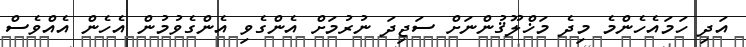
އަދި ހަމައެހެންމެ މިދެ މަޚްލޫޤުންނަށް ސަޖިދަ ނުރުމަށް އެންގެވި އެންގެވުމުން އެހެން އެއްވެސް